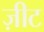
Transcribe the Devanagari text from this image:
ज़ीट